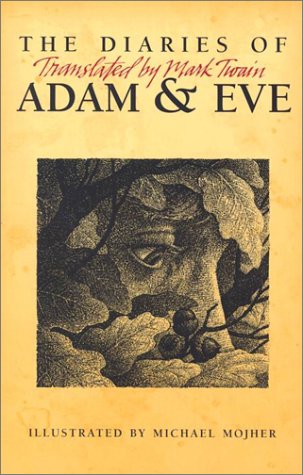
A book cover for The Diaries of Adam and Eve: Translated by Mark Twain; Mark Twain; Literature & Fiction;